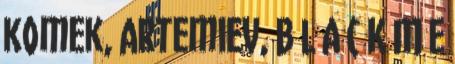
komek, Artemiev, B L A C K M E